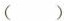
()